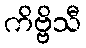
ကိဗ္ဗိသီ